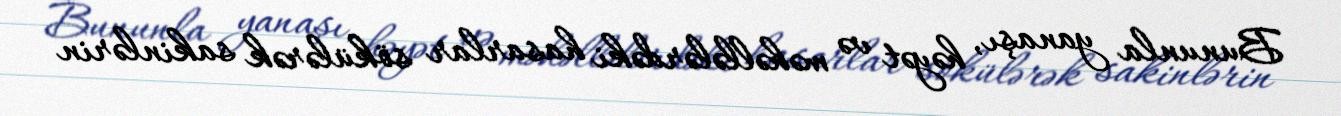
Bununla yanaşı, həyət və məhəllələrdəki hasarlar sökülərək sakinlərin